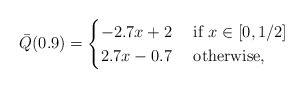
\begin{align*}\bar Q(0.9) = \begin{cases}-2.7x + 2 & \mbox{ if } x\in [0,1/2]\\2.7x-0.7 & \mbox{ otherwise},\end{cases}\end{align*}